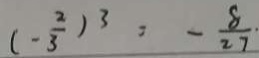
( - \frac { 2 } { 3 } ) ^ { 3 } = - \frac { 8 } { 2 7 }